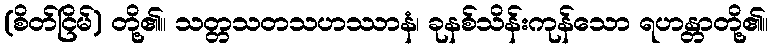
(စိတ်ငြိမ်) တို့၏။ သတ္တသတသဟဿာနံ၊ ခုနစ်သိန်းကုန်သော ရဟန္တာတို့၏။